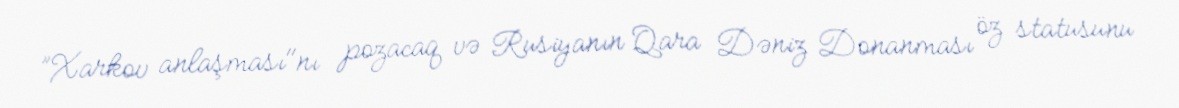
”Xarkov anlaşması"nı pozacaq və Rusiyanın Qara Dəniz Donanması öz statusunu